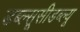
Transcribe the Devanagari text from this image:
डब्ल्सूसीडब्ल्यू